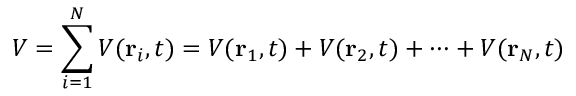
V = \sum _ { i = 1 } ^ { N } V ( \mathbf { r } _ { i } , t ) = V ( \mathbf { r } _ { 1 } , t ) + V ( \mathbf { r } _ { 2 } , t ) + \cdots + V ( \mathbf { r } _ { N } , t )